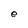
Character: e